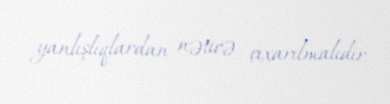
yanlışlıqlardan nəticə çıxarılmalıdır.